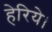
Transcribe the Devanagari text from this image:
हेरिये।